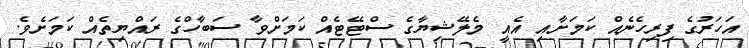
އަހަރުގެ ފިރިހެނެއް ކަމަށާއި އެއީ މެލޭޝިޔާގެ ސްޓޭޓެއް ކަމަށްވާ ސަބާހްގެ ރައްޔިތެއް ކަމަށެވެ.